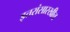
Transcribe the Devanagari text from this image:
इतरांसारखीच